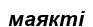
маякті